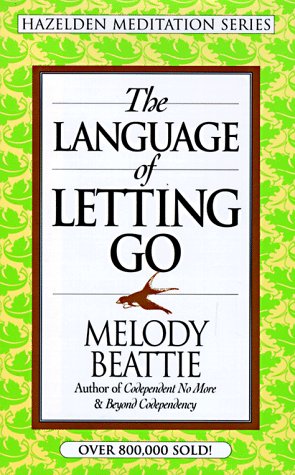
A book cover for The Language of Letting Go (Hazelden Meditation Series); Melody Beattie; Health, Fitness & Dieting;